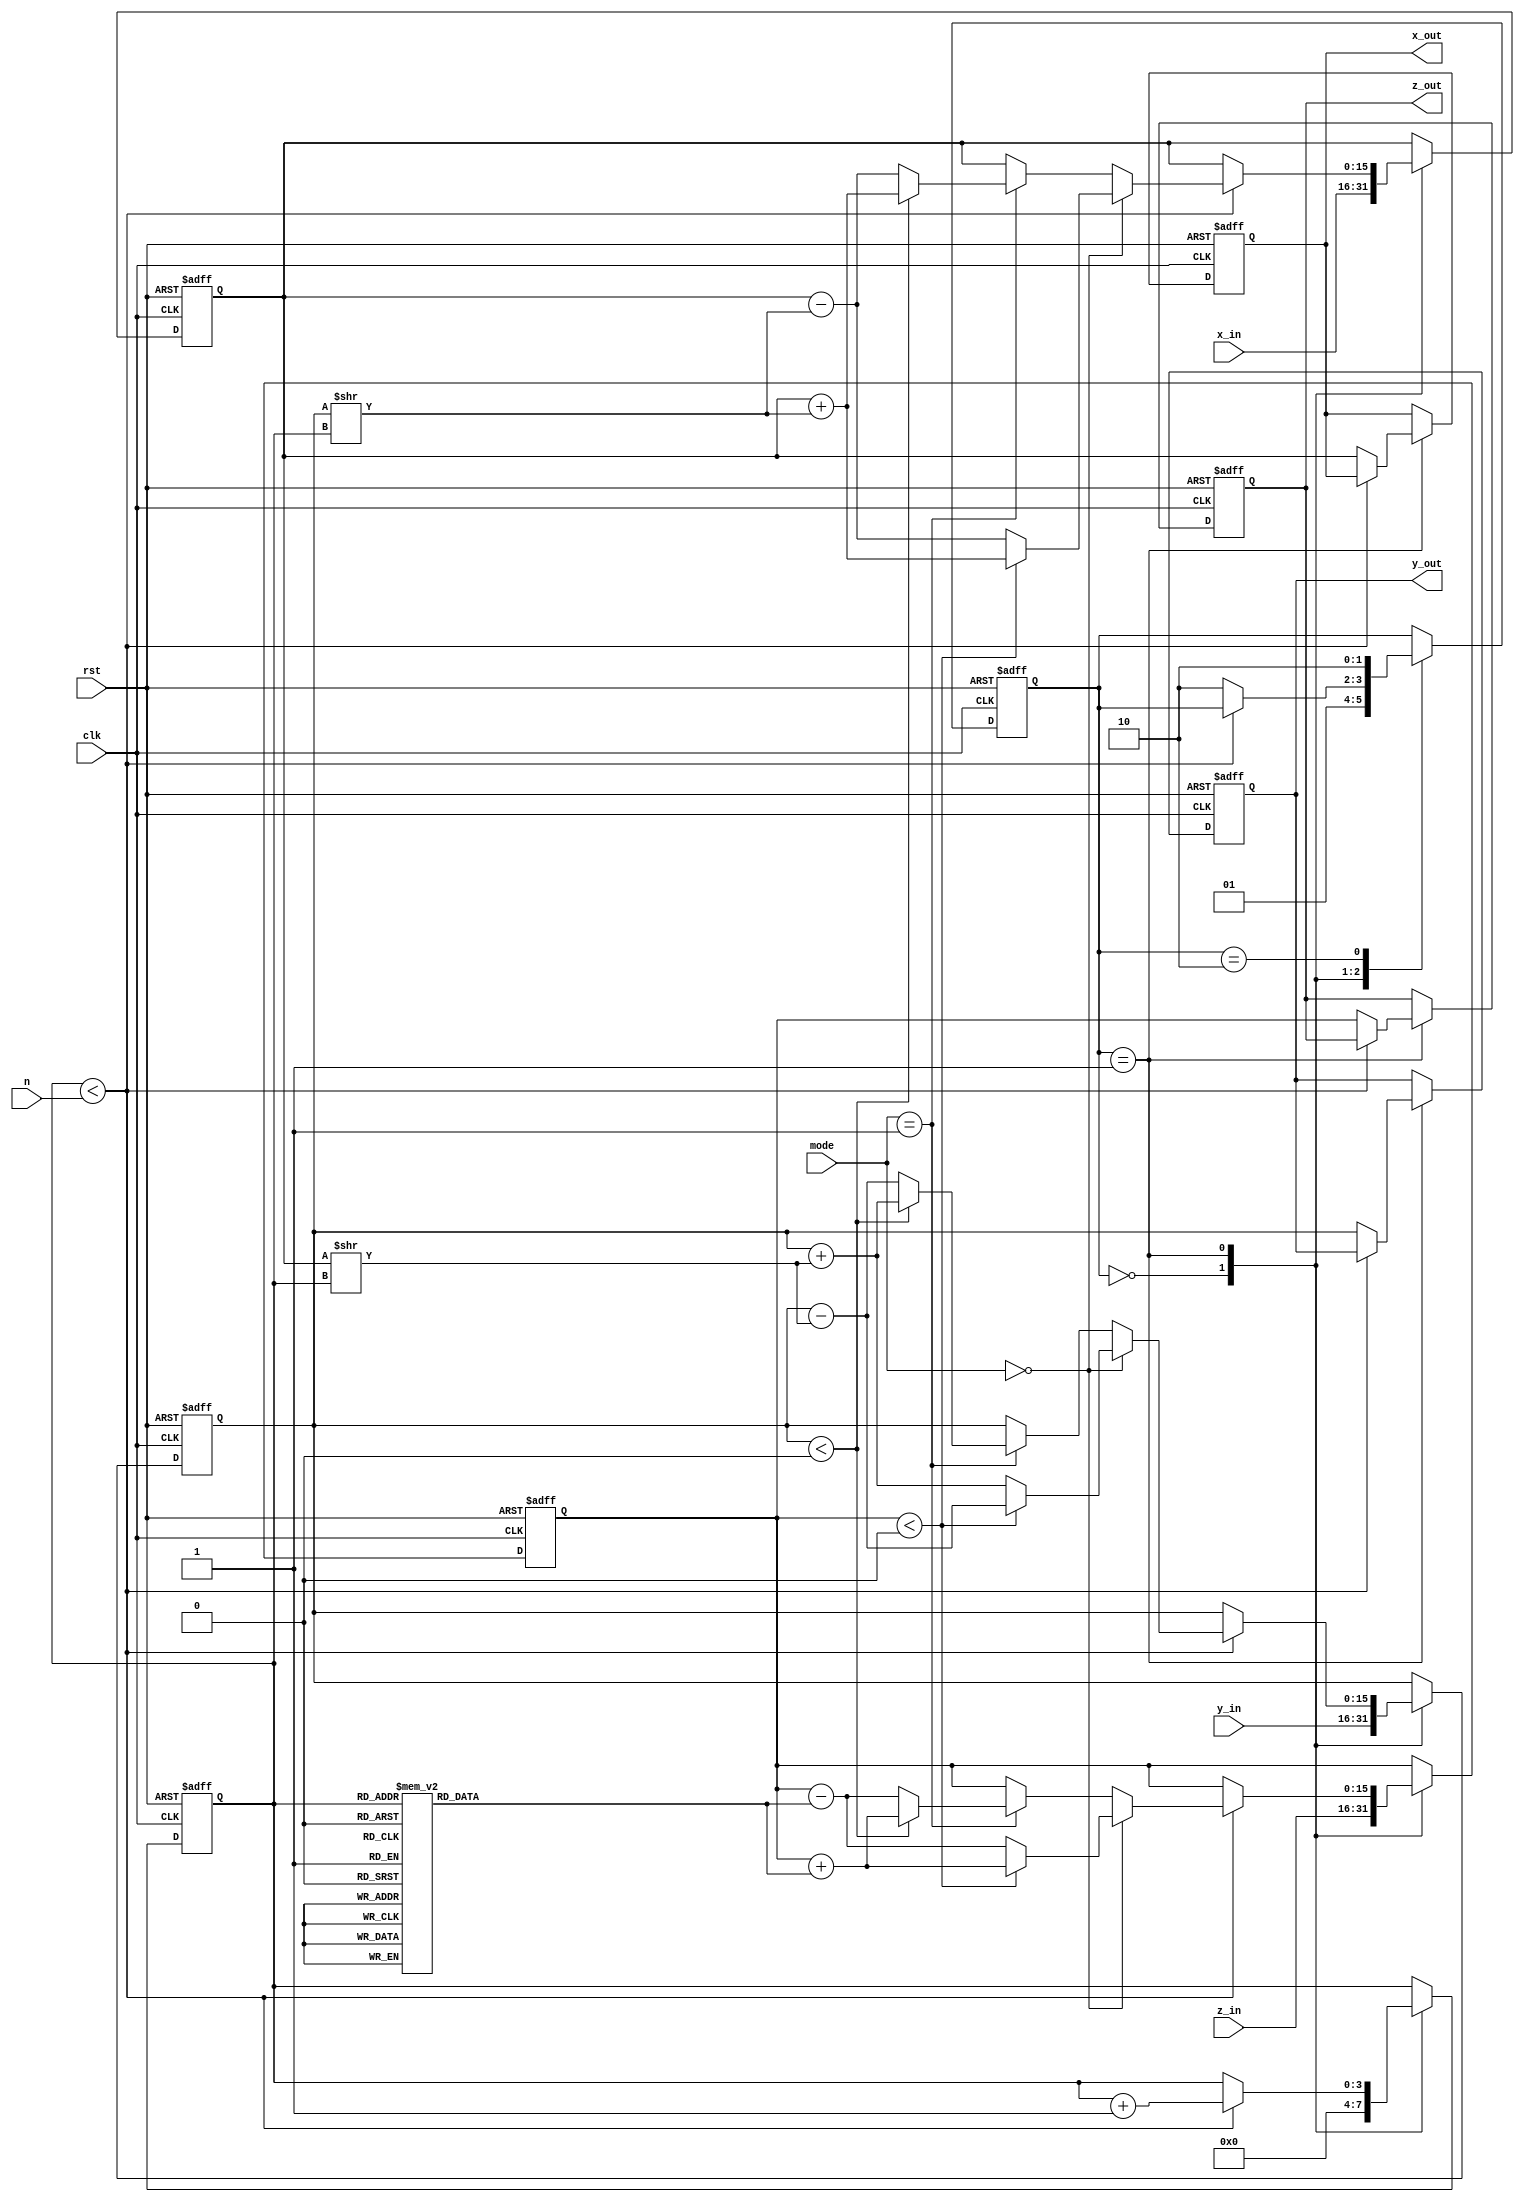
module cordic (
    input wire clk,
    input wire rst,
    input wire [15:0] x_in,      // Input x-coordinate
    input wire [15:0] y_in,      // Input y-coordinate
    input wire [15:0] z_in,      // Input angle or hyperbolic input
    input wire [1:0] mode,        // Operation mode: 00 = rotation, 01 = vectoring
    input wire [3:0] n,           // Number of iterations
    output reg [15:0] x_out,      // Output x-coordinate
    output reg [15:0] y_out,      // Output y-coordinate
    output reg [15:0] z_out       // Output resulting angle or hyperbolic value
);

    // CORDIC parameters
    reg [15:0] angle_table [0:15]; // Angle LUT for 16 iterations
    reg [15:0] x, y, z;
    reg [3:0] iter;
    reg [1:0] state;

    // Initialize the angle lookup table
    initial begin
        angle_table[0] = 16'h0000; // 0 degrees
        angle_table[1] = 16'h1C71; // 45 degrees
        angle_table[2] = 16'h0C90; // 26.565 degrees
        angle_table[3] = 16'h0632; // 14.036 degrees
        angle_table[4] = 16'h0314; // 7.125 degrees
        angle_table[5] = 16'h0186; // 3.576 degrees
        angle_table[6] = 16'h00C3; // 1.789 degrees
        angle_table[7] = 16'h0062; // 0.895 degrees
        angle_table[8] = 16'h0031; // 0.447 degrees
        angle_table[9] = 16'h0018; // 0.224 degrees
        angle_table[10] = 16'h000C; // 0.112 degrees
        angle_table[11] = 16'h0006; // 0.056 degrees
        angle_table[12] = 16'h0003; // 0.028 degrees
        angle_table[13] = 16'h0002; // 0.014 degrees
        angle_table[14] = 16'h0001; // 0.007 degrees
        angle_table[15] = 16'h0000; // 0 degrees
    end

    // State machine for CORDIC iterations
    always @(posedge clk or posedge rst) begin
        if (rst) begin
            x <= 0;
            y <= 0;
            z <= 0;
            iter <= 0;
            state <= 0;
            x_out <= 0;
            y_out <= 0;
            z_out <= 0;
        end else begin
            case (state)
                0: begin // Initialization
                    x <= x_in;
                    y <= y_in;
                    z <= z_in;
                    iter <= 0;
                    state <= 1;
                end
                1: begin // Iteration process
                    if (iter < n) begin
                        if (mode == 2'b00) begin // Rotation mode
                            if (z < 0) begin
                                x <= x + (y >> iter);
                                y <= y - (x >> iter);
                                z <= z + angle_table[iter];
                            end else begin
                                x <= x - (y >> iter);
                                y <= y + (x >> iter);
                                z <= z - angle_table[iter];
                            end
                        end else if (mode == 2'b01) begin // Vectoring mode
                            if (y < 0) begin
                                x <= x + (y >> iter);
                                y <= y + (x >> iter);
                                z <= z + angle_table[iter];
                            end else begin
                                x <= x - (y >> iter);
                                y <= y - (x >> iter);
                                z <= z - angle_table[iter];
                            end
                        end
                        iter <= iter + 1;
                    end else begin
                        x_out <= x;
                        y_out <= y;
                        z_out <= z;
                        state <= 2; // Move to output state
                    end
                end
                2: begin // Output state
                    // Output values are already assigned
                    state <= 2; // Stay in output state
                end
            endcase
        end
    end
endmodule